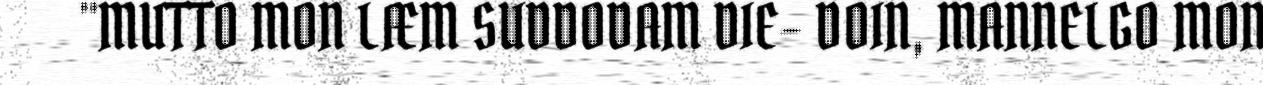
"MUTTO MON LÆM SUDDODAM DIE- DOIN, MANNELGO MON